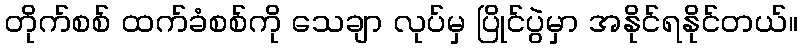
တိုက်စစ် ထက်ခံစစ်ကို သေချာ လုပ်မှ ပြိုင်ပွဲမှာ အနိုင်ရနိုင်တယ်။